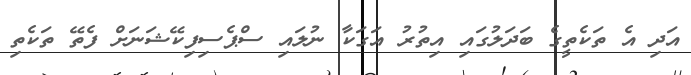
އަދި އެ ތަކެތީގެ ބަދަލުގައި އިތުރު އަގަކާ ނުލައި ސްޕެސިފިކޭޝަނަށް ފެތޭ ތަކެތި